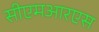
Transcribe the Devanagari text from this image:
सीएमआरएस